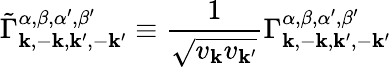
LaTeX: \tilde{\Gamma}_{\mathbf{k},-\mathbf{k},\mathbf{k}^{\prime},-\mathbf{k}^{\prime}}^{\alpha,\beta,\alpha^{\prime},\beta^{\prime}}\equiv\frac{1}{\sqrt{v_{\mathbf{k}}v_{\mathbf{k}^{\prime}}}}\Gamma_{\mathbf{k},-\mathbf{k},\mathbf{k}^{\prime},-\mathbf{k}^{\prime}}^{\alpha,\beta,\alpha^{\prime},\beta^{\prime}}